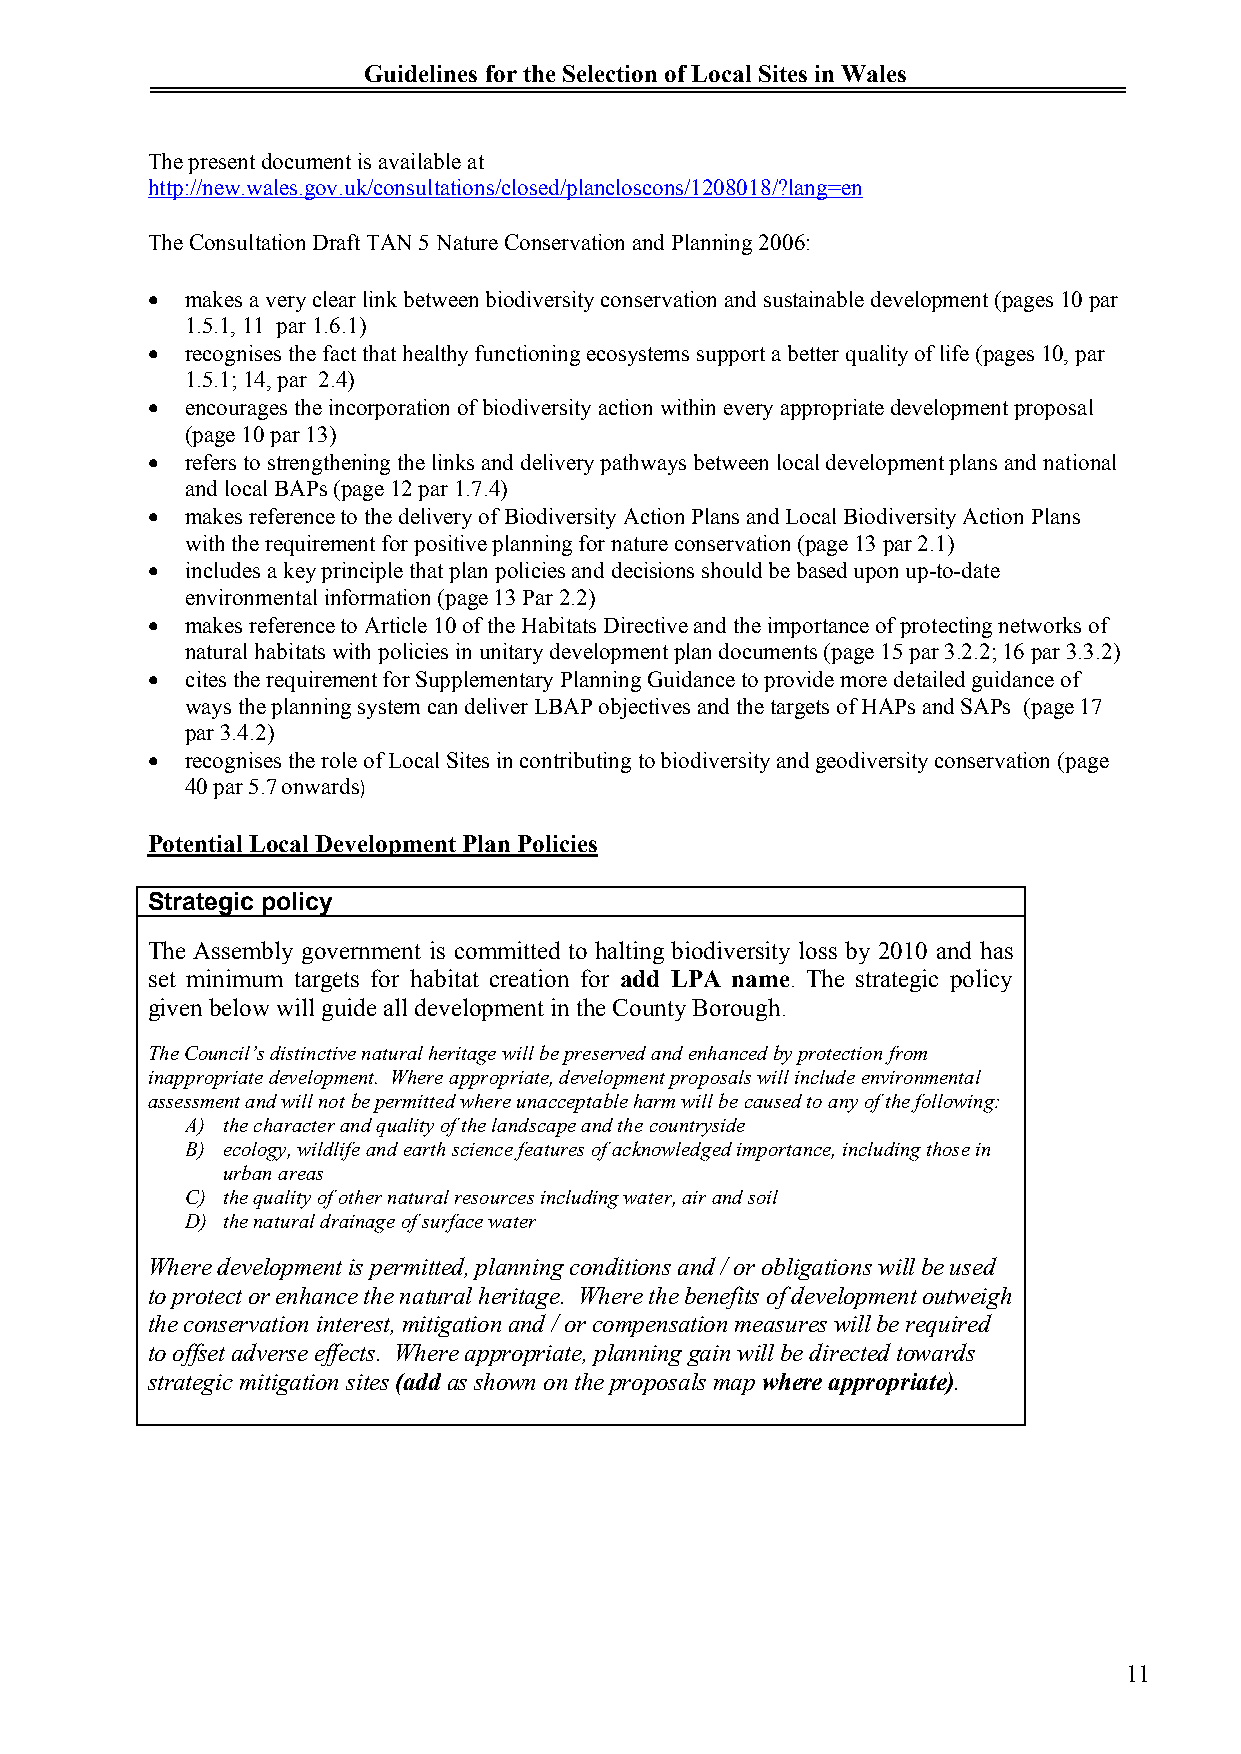
Guidelines for the Selection of Local Sites in Wales
 The present document is available at
 http://new.wales.gov.uk/consultations/closed/plancloscons/1208018/?lang=en
 The Consultation Draft TAN 5 Nature Conservation and Planning 2006:
  makes a very clear link between biodiversity conservation and sustainable development (pages 10 par
 1.5.1, 11 par 1.6.1)
  recognises the fact that healthy functioning ecosystems support a better quality of life (pages 10, par
 1.5.1; 14, par 2.4)
  encourages the incorporation of biodiversity action within every appropriate development proposal
 (page 10 par 13)
  refers to strengthening the links and delivery pathways between local development plans and national
 and local BAPs (page 12 par 1.7.4)
  makes reference to the delivery of Biodiversity Action Plans and Local Biodiversity Action Plans
 with the requirement for positive planning for nature conservation (page 13 par 2.1)
  includes a key principle that plan policies and decisions should be based upon up-to-date
 environmental information (page 13 Par 2.2)
  makes reference to Article 10 of the Habitats Directive and the importance of protecting networks of
 natural habitats with policies in unitary development plan documents (page 15 par 3.2.2; 16 par 3.3.2)
  cites the requirement for Supplementary Planning Guidance to provide more detailed guidance of
 ways the planning system can deliver LBAP objectives and the targets of HAPs and SAPs (page 17
 par 3.4.2)
  recognises the role of Local Sites in contributing to biodiversity and geodiversity conservation (page
 40 par 5.7onwards)
 Potential Local Development Plan Policies
 Strategic policy
 The Assembly government is committed to halting biodiversity loss by 2010 and has
 set minimum targets for habitat creation for add LPA name. The strategic policy
 given below will guide all development in the County Borough.
 The Council’s distinctive natural heritage will be preserved and enhanced by protection from
 inappropriate development. Where appropriate, development proposals will include environmental
 assessment and will not be permitted where unacceptable harm will be caused to any of the following:
 A) the character and quality of the landscape and the countryside
 B) ecology, wildlife and earth science features of acknowledged importance, including those in
 urban areas
 C) the quality of other natural resources including water, air and soil
 D) the natural drainage of surface water
 Where development is permitted, planning conditions and / or obligations will be used
 to protect or enhance the natural heritage. Where the benefits of development outweigh
 the conservation interest, mitigation and / or compensation measures will be required
 to offset adverse effects. Where appropriate, planning gain will be directed towards
 strategic mitigation sites (add as shown on the proposals mapwhere appropriate).
 11